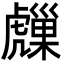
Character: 𧈈